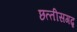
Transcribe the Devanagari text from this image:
छत्‍तीसगढ़़